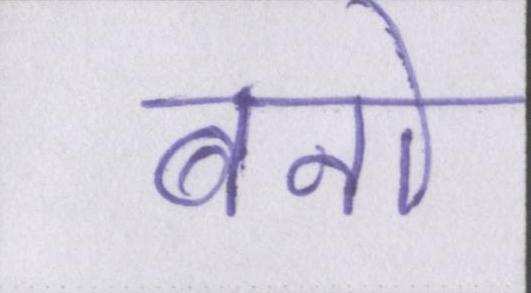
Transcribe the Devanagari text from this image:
बनो